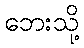
ဘေးသို့